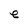
Character: e